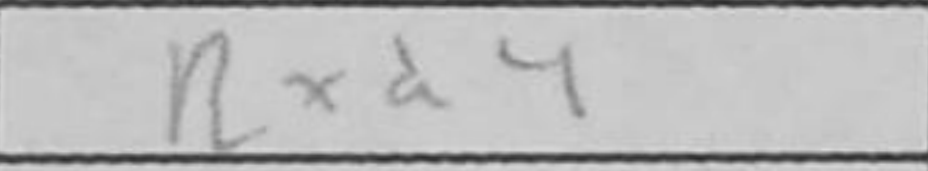
Transcription: Rxd4